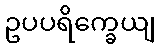
ဥပပရိက္ခေယျ